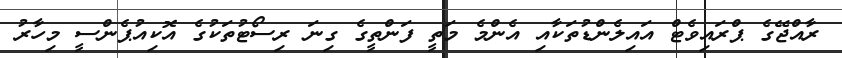
ރާއްޖޭގެ ޕްރައިވެޓް އައިލެންޑުތަކާއި އެންމެ މަތީ ފަންތީގެ ގިނަ ރިސޯޓުތަކުގެ އޮކިއުޕެންސީ މިހާރު